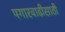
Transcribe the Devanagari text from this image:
पगारवाढीसाठी